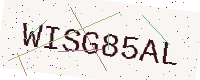
Text: WISG85AL